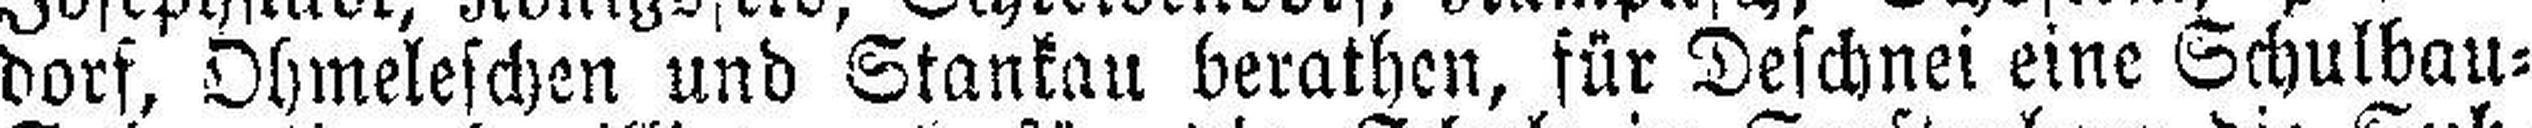
dorf, Ohmeleschen und Stankau berathen, für Deschnei eine Schulbau¬